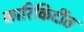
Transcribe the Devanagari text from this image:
कारिकिर्दीत